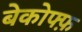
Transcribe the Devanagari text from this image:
बेकोफ्फ़